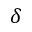
\delta